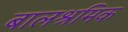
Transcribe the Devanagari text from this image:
बालश्रमिक